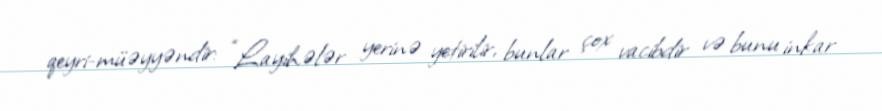
qeyri-müəyyəndir: “Layihələr yerinə yetirilir, bunlar çox vacibdir və bunu inkar